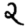
Digit: 2